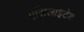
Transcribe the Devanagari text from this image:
एसिलाइटेड